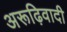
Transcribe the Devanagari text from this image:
अरूढ़िवादी